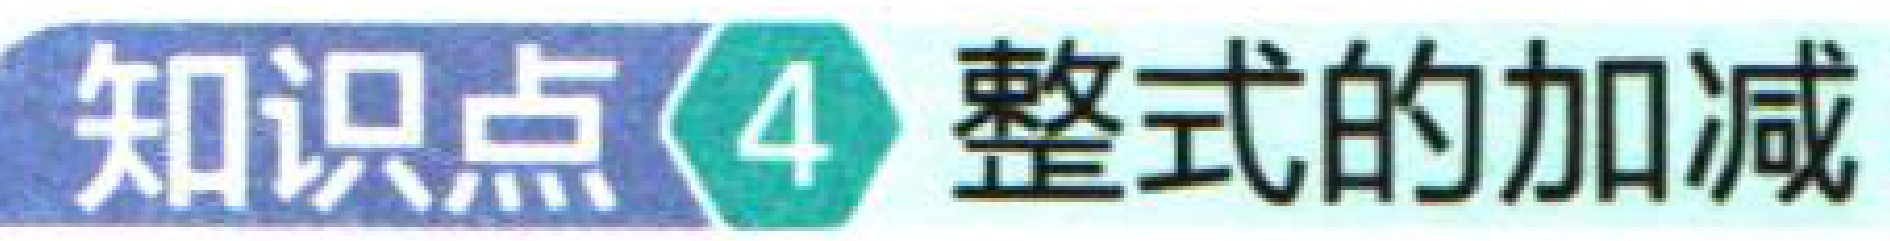
知识点\(4\) 整式的加减